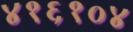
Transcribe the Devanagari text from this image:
४१६१०४